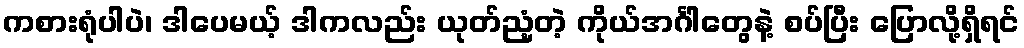
ကစားရုံပါပဲ၊ ဒါပေမယ့် ဒါကလည်း ယုတ်ညံ့တဲ့ ကိုယ်အင်္ဂါတွေနဲ့ စပ်ပြီး ပြောလို့ရှိရင်